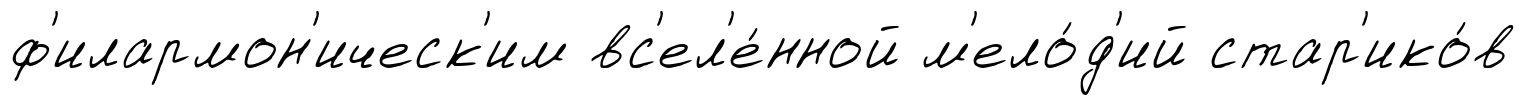
ф'илармон'ическ'им вс'ел'е́нной м'ело́д'ий стар'ико́в